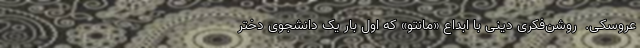
عروسکی. ‌ روشن‌فکری دینی با ابداع «مانتو» که اول بار یک دانشجوی دختر